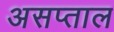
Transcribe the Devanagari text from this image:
असप्ताल